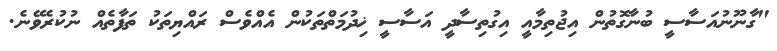
"ގާނޫނުއަސާސީ ބުނާގޮތުން އިޖުތިމާއީ އިގުތިސާދީ އަސާސީ ޚިދުމަތްތަކުން އެއްވެސް ރައްޔިތަކު ތަފާތެއް ނުކުރެވޭނެ.